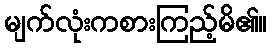
မျက်လုံးကစားကြည့်မိ၏။